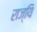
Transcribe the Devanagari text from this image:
राज्यि